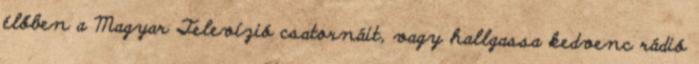
élőben a Magyar Televízió csatornáit, vagy hallgassa kedvenc rádió